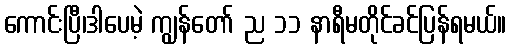
ကောင်းပြီ၊ဒါပေမဲ့ ကျွန်တော် ည ၁၁ နာရီမတိုင်ခင်ပြန်ရမယ်။